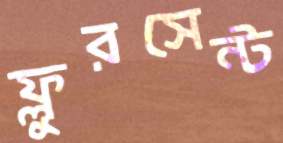
ফ্লুরসেন্ট